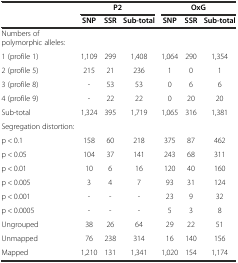
<table><thead><tr><td></td><td colspan="3"><b>P2</b></td><td colspan="3"><b>OxG</b></td></tr><tr><td></td><td><b>SNP</b></td><td><b>SSR</b></td><td><b>Sub-total</b></td><td><b>SNP</b></td><td><b>SSR</b></td><td><b>Sub-total</b></td></tr></thead><tbody><tr><td>Numbers of polymorphic alleles:</td><td></td><td></td><td></td><td></td><td></td><td></td></tr><tr><td>1 (profile 1)</td><td>1,109</td><td>299</td><td>1,408</td><td>1,064</td><td>290</td><td>1,354</td></tr><tr><td>2 (profile 5)</td><td>215</td><td>21</td><td>236</td><td>1</td><td>0</td><td>1</td></tr><tr><td>3 (profile 8)</td><td>-</td><td>53</td><td>53</td><td>0</td><td>6</td><td>6</td></tr><tr><td>4 (profile 9)</td><td>-</td><td>22</td><td>22</td><td>0</td><td>20</td><td>20</td></tr><tr><td>Sub-total</td><td>1,324</td><td>395</td><td>1,719</td><td>1,065</td><td>316</td><td>1,381</td></tr><tr><td>Segregation distortion:</td><td></td><td></td><td></td><td></td><td></td><td></td></tr><tr><td>p &lt; 0.1</td><td>158</td><td>60</td><td>218</td><td>375</td><td>87</td><td>462</td></tr><tr><td>p &lt; 0.05</td><td>104</td><td>37</td><td>141</td><td>243</td><td>68</td><td>311</td></tr><tr><td>p &lt; 0.01</td><td>10</td><td>6</td><td>16</td><td>120</td><td>40</td><td>160</td></tr><tr><td>p &lt; 0.005</td><td>3</td><td>4</td><td>7</td><td>93</td><td>31</td><td>124</td></tr><tr><td>p &lt; 0.001</td><td>-</td><td>-</td><td>-</td><td>23</td><td>9</td><td>32</td></tr><tr><td>p &lt; 0.0005</td><td>-</td><td>-</td><td>-</td><td>5</td><td>3</td><td>8</td></tr><tr><td>Ungrouped</td><td>38</td><td>26</td><td>64</td><td>29</td><td>22</td><td>51</td></tr><tr><td>Unmapped</td><td>76</td><td>238</td><td>314</td><td>16</td><td>140</td><td>156</td></tr><tr><td>Mapped</td><td>1,210</td><td>131</td><td>1,341</td><td>1,020</td><td>154</td><td>1,174</td></tr></tbody></table>